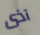
آذى